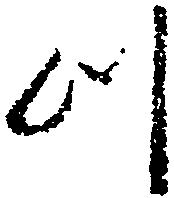
つ